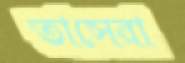
তাসেরা